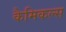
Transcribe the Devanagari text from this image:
कैमिकल्‍स